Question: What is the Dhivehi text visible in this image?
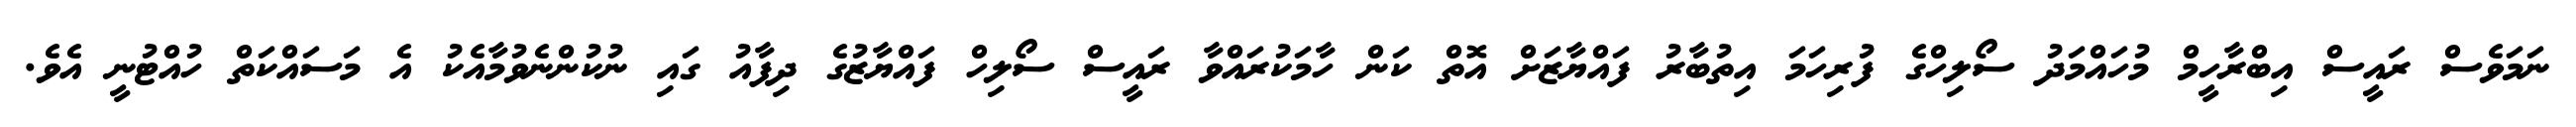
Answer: ނަމަވެސް ރައީސް އިބްރާހީމް މުހައްމަދު ސޯލިހްގެ ފުރިހަމަ އިތުބާރު ފައްޔާޒަށް އޮތް ކަން ހާމަކުރައްވާ ރައީސް ސޯލިހް ފައްޔާޒުގެ ދިފާއު ގައި ނުކުންނެވުމާއެކު އެ މަސައްކަތް ހުއްޓުނީ އެވެ.